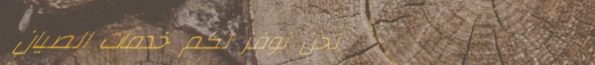
نحن نوفر لكم خدمات الصيان